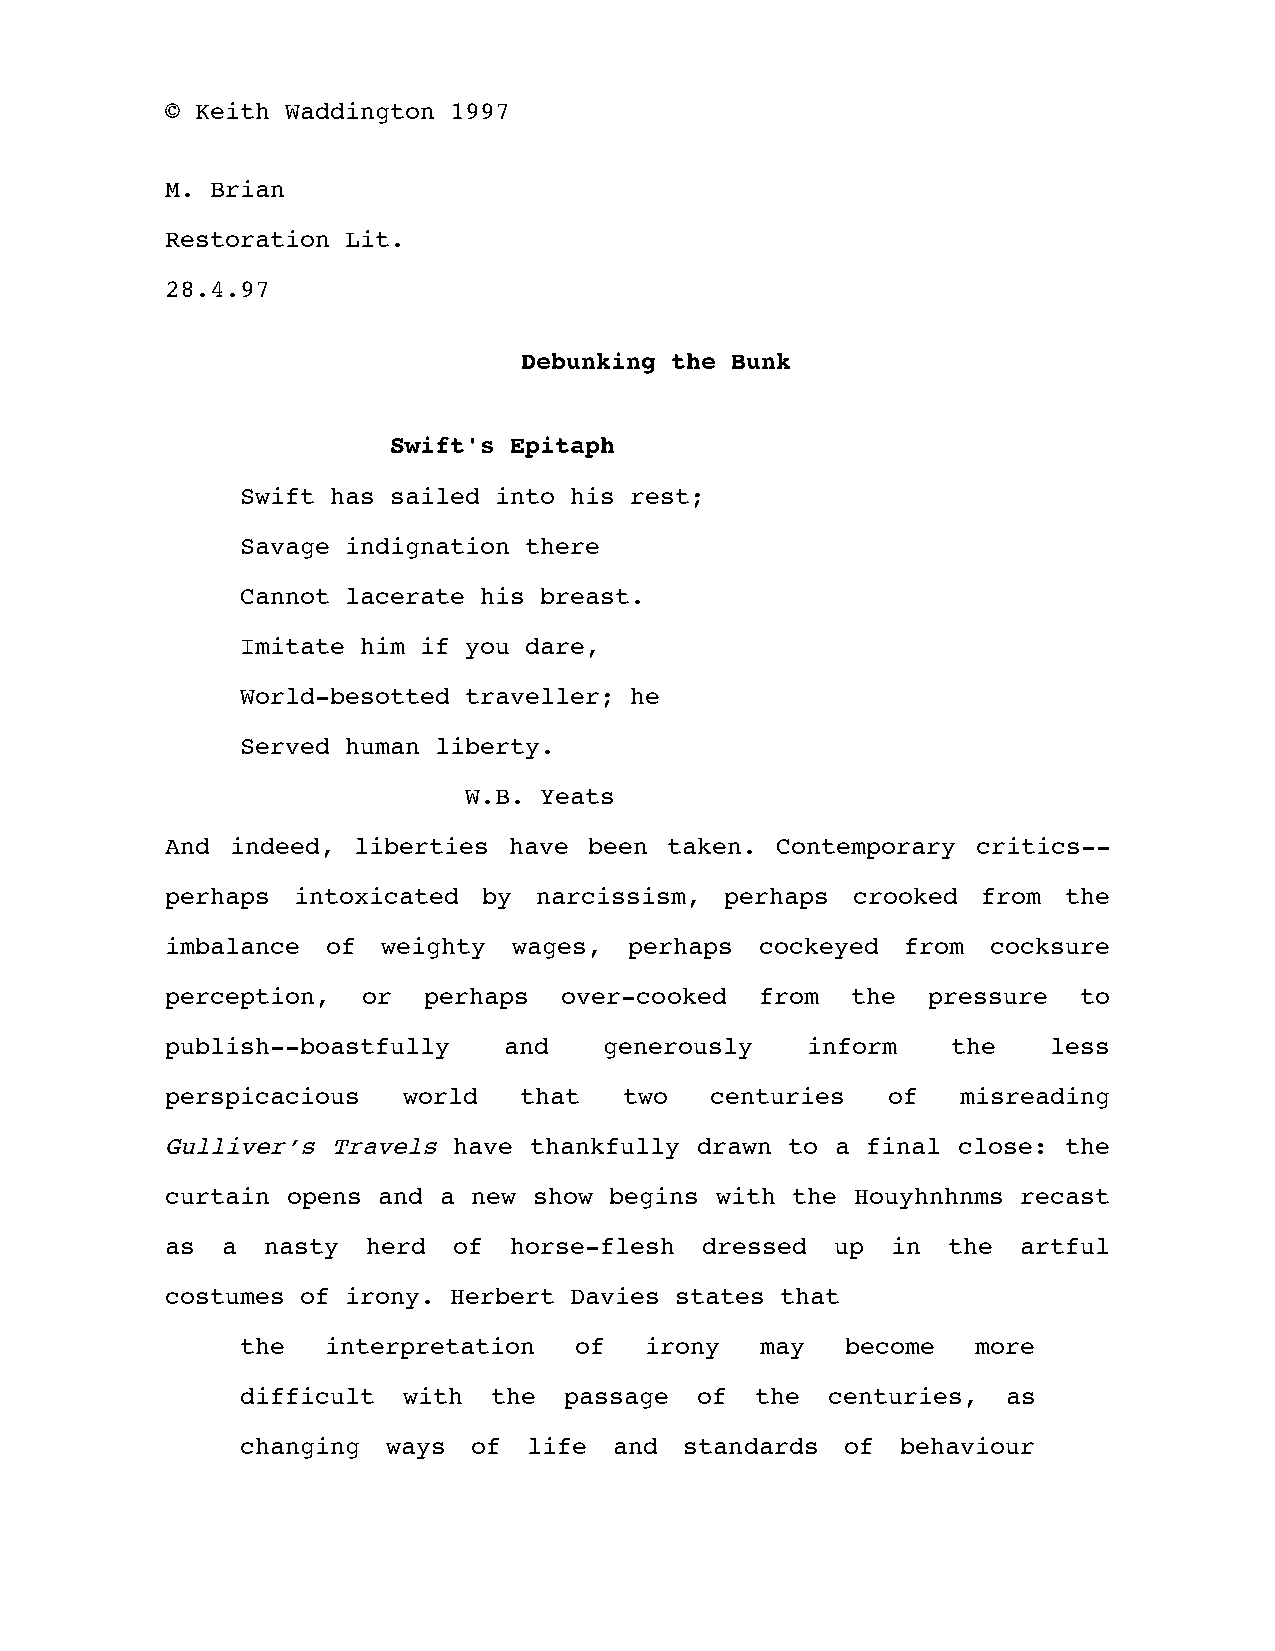
© Keith Waddington 1997
 M. Brian
 Restoration Lit.
 28.4.97
 Debunking the Bunk
 Swift's Epitaph
 Swift has sailed into his rest;
 Savage indignation there
 Cannot lacerate his breast.
 Imitate him if you dare,
 World-besotted traveller; he
 Served human liberty.
 W.B. Yeats
 And indeed, liberties  have been taken. Contemporary  critics--
 perhaps intoxicated  by narcissism,  perhaps crooked  from the
 imbalance  of weighty  wages,  perhaps cockeyed  from  cocksure
 perception,  or  perhaps  over-cooked  from  the  pressure  to
 publish--boastfully   and    generously   inform    the    less
 perspicacious   world  that   two   centuries   of   misreading
 Gulliver’s Travels have thankfully drawn to a final close: the
 curtain opens and a new show begins with the  Houyhnhnms recast
 as  a nasty  herd  of  horse-flesh dressed  up  in  the  artful
 costumes of irony. Herbert Davies states that
 the   interpretation  of   irony  may   become   more
 difficult  with  the passage  of  the  centuries,  as
 changing  ways of  life  and standards  of  behaviour